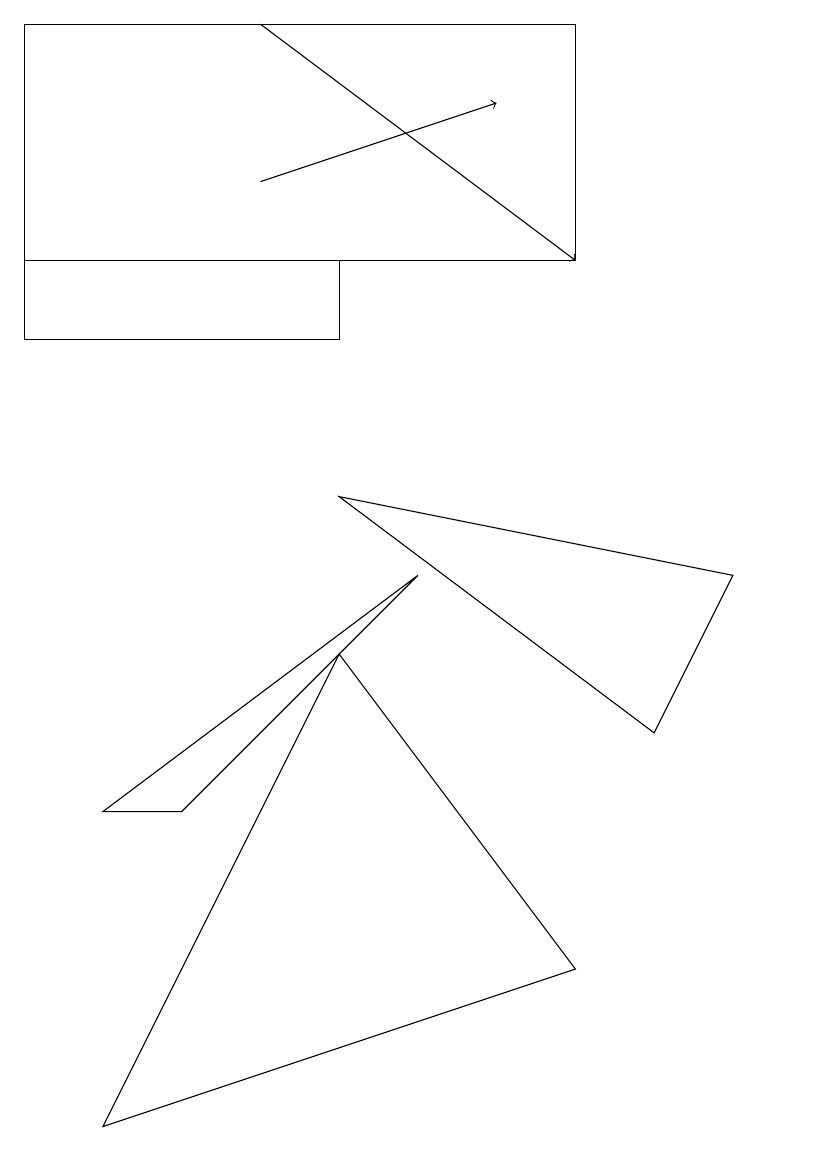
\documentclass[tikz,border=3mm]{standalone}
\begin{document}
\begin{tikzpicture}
\draw (10,10) circle (0);
\draw (5,7) -- (2,4) -- (1,4) -- cycle;
\draw[->] (3,14) -- (7,11);
\draw (7,2) -- (1,0) -- (4,6) -- cycle;
\draw (4,10) rectangle (0,11);
\draw (4,8) -- (8,5) -- (9,7) -- cycle;
\draw[->] (3,12) -- (6,13);
\draw (7,14) rectangle (0,11);
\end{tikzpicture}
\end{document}